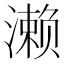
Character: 濑